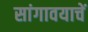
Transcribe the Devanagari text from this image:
सांगावयाचें